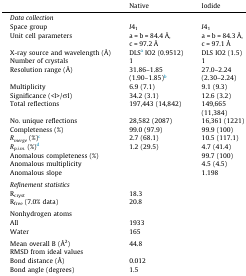
<table><thead><tr><td></td><td><b>Native</b></td><td><b>Iodide</b></td></tr></thead><tbody><tr><td colspan="3"><i>Data collection</i></td></tr><tr><td>Space group</td><td><i>I</i>4<sub>1</sub></td><td><i>I</i>4<sub>1</sub></td></tr><tr><td>Unit cell parameters</td><td>a = b = 84.4 Å, c = 97.2 Å</td><td>a = b = 84.3 Å, c = 97.1 Å</td></tr><tr><td>X-ray source and wavelength (Å)</td><td>DLSa IO2 (0.9512)</td><td>DLS IO2 (1.5)</td></tr><tr><td>Number of crystals</td><td>1</td><td>1</td></tr><tr><td>Resolution range (Å)</td><td>31.86–1.85 (1.90–1.85)b</td><td>27.0–2.24 (2.30–2.24)</td></tr><tr><td>Multiplicity</td><td>6.9 (7.1)</td><td>9.1 (9.3)</td></tr><tr><td>Significance (&lt;I&gt;/σI)</td><td>34.2 (3.1)</td><td>12.6 (3.2)</td></tr><tr><td>Total reflections</td><td>197,443 (14,842)</td><td>149,665 (11,384)</td></tr><tr><td>No. unique reflections</td><td>28,582 (2087)</td><td>16,361 (1221)</td></tr><tr><td>Completeness (%)</td><td>99.0 (97.9)</td><td>99.9 (100)</td></tr><tr><td><i>R<sub>merge</sub></i> (%)c</td><td>2.7 (68.1)</td><td>10.5 (117.1)</td></tr><tr><td><i>R<sub>p.i.m.</sub></i> (%)d</td><td>1.2 (29.5)</td><td>4.7 (41.4)</td></tr><tr><td>Anomalous completeness (%)</td><td></td><td>99.7 (100)</td></tr><tr><td>Anomalous multiplicity</td><td></td><td>4.5 (4.5)</td></tr><tr><td>Anomalous slope</td><td></td><td>1.198</td></tr><tr><td colspan="3">  </td></tr><tr><td colspan="3"><i>Refinement statistics</i></td></tr><tr><td>R<sub>cryst</sub></td><td>18.3</td><td></td></tr><tr><td>R<sub>free</sub> (7.0% data)</td><td>20.8</td><td></td></tr><tr><td colspan="3">  </td></tr><tr><td colspan="3">Nonhydrogen atoms</td></tr><tr><td>All</td><td>1933</td><td></td></tr><tr><td>Water</td><td>165</td><td></td></tr><tr><td colspan="3">  </td></tr><tr><td>Mean overall B (Å<sup>2</sup>)</td><td>44.8</td><td></td></tr><tr><td>RMSD from ideal values</td><td></td><td></td></tr><tr><td>Bond distance (Å)</td><td>0.012</td><td></td></tr><tr><td>Bond angle (degrees)</td><td>1.5</td><td></td></tr></tbody></table>